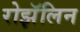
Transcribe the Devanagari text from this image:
रोझॅलिन